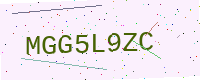
Text: MGG5L9ZC